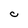
Character: C